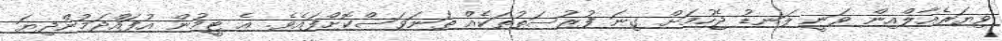
ވިޔަރެއާލްއިން ވަނީ ލަނޑު ޖެހުމަށް ގިނަ ފުރުސަތުތަކެއް ތަނަވަސްކޮށްފައެވެ. އެ ޓީމުން އުފައްދަމުންދިޔަ